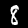
Label: 8